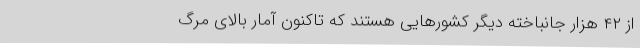
از ۴۲ هزار جانباخته دیگر کشورهایی هستند که تاکنون آمار بالای مرگ‌